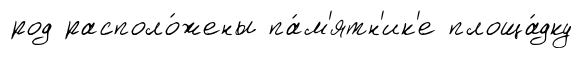
род располо́жены па́м'ятн'ик'е площа́дку